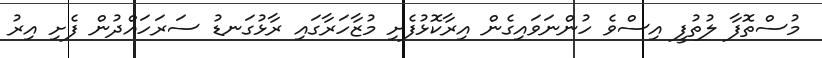
މުސްތޮފާ ލުތުފީ އިސްވެ ހުންނަވައިގެން އިރާކޮޅުފެށި މުޒާހަރާގައި ރާޅުގަނޑު ސަރަހައްދުން ފެށި އިރު